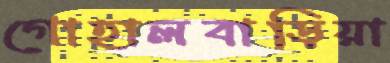
গোহালবাড়িয়া